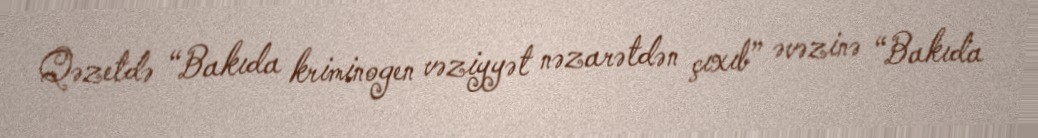
Qəzetdə “Bakıda kriminogen vəziyyət nəzarətdən çıxıb” əvəzinə “Bakıda